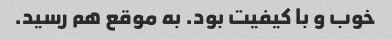
خوب و با کیفیت بود. به موقع هم رسید.